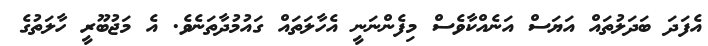
އެފަދަ ބަދަލުތައް އަޔަސް އަނެއްކާވެސް މިފެންނަނީ އެހާލަތައް ގައުމުދާތަނެވެ. އެ މަޖުބޫރީ ހާލަތުގެ